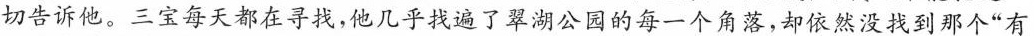
切告诉他。三宝每天都在寻找，他几乎找遍了翠湖公园的每一个角落，却依然没找到那个”有